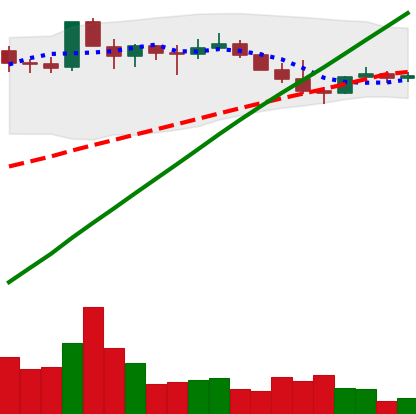
Ticker: DOGE-USD
Chart end date: 2021-03-29
Forward return: 3.241%
Label: up_3_5